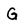
Character: G